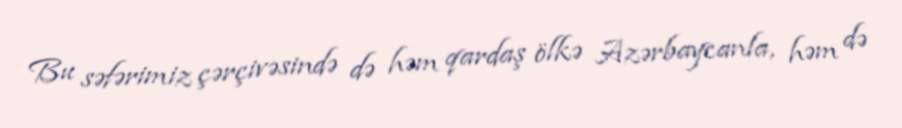
Bu səfərimiz çərçivəsində də həm qardaş ölkə Azərbaycanla, həm də